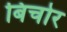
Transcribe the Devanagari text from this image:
बिचोर